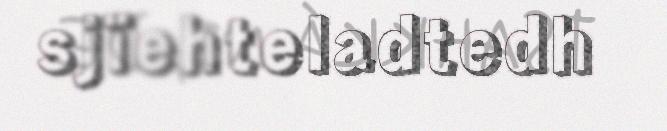
sjïehteladtedh